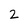
Character: 2